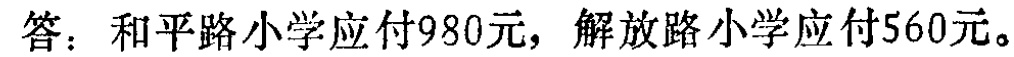
答：和平路小学应付980元，解放路小学应付560元。